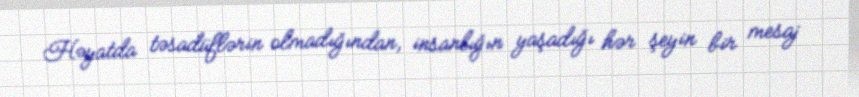
Həyatda təsadüflərin olmadığından, insanlığın yaşadığı hər şeyin bir mesaj